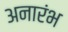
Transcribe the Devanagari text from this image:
अनारंभ